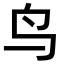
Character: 鸟